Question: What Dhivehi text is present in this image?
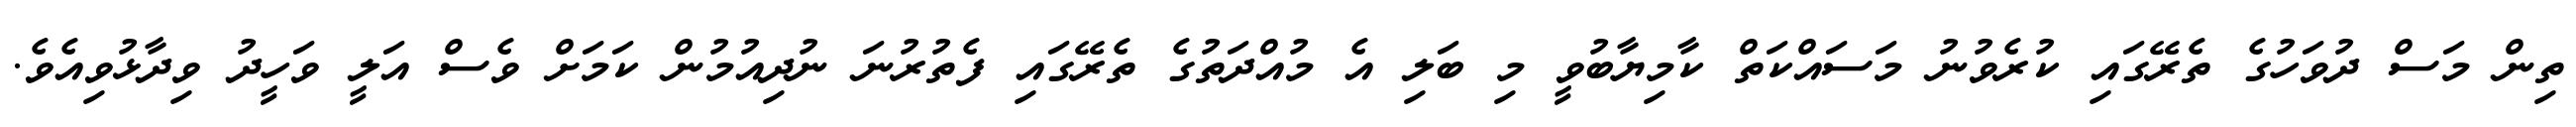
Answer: ތިން މަސް ދުވަހުގެ ތެރޭގައި ކުރެވުނު މަސައްކަތް ކާމިޔާބުވީ މި ބަލި އެ މުއްދަތުގެ ތެރޭގައި ފެތުރުނަ ނުދިއުމުން ކަމަށް ވެސް އަލީ ވަހީދު ވިދާޅުވިއެވެ.